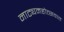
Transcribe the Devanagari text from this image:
नाट्यमहोत्सवात